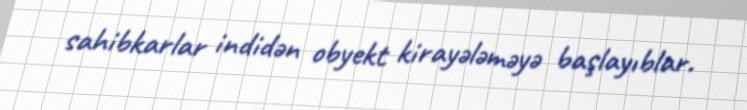
sahibkarlar indidən obyekt kirayələməyə başlayıblar.